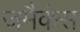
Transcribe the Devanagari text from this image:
जमैकंस